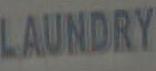
LAUNDRY